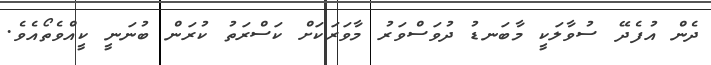
ދެން އުފެދޭ ސުވާލަކީ މާބަނޑު ދުވަސްވަރު މާވަރަކަށް ކަސްރަތު ކުރަން ބުނަނީ ކީއްވެތޯއެވެ.